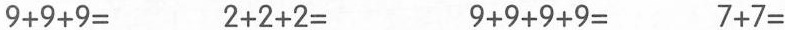
9+9+9= 2+2+2= 9+9+9+9= 7+7=